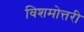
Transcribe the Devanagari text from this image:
विशमोत्तरी